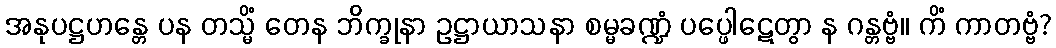
အနုပဋ္ဌဟန္တေ ပန တသ္မိံ တေန ဘိက္ခုနာ ဥဋ္ဌာယာသနာ စမ္မခဏ္ဍံ ပပ္ဖေါဋေတွာ န ဂန္တဗ္ဗံ။ ကိံ ကာတဗ္ဗံ?